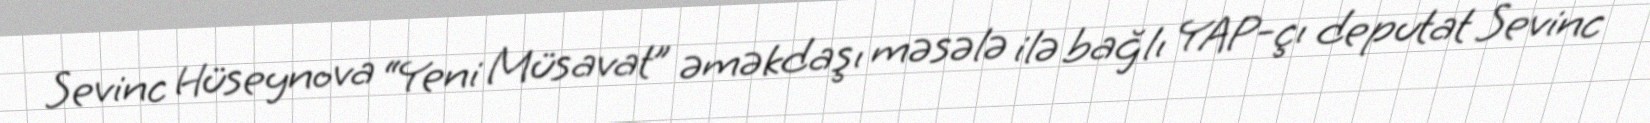
Sevinc Hüseynova “Yeni Müsavat” əməkdaşı məsələ ilə bağlı YAP-çı deputat Sevinc